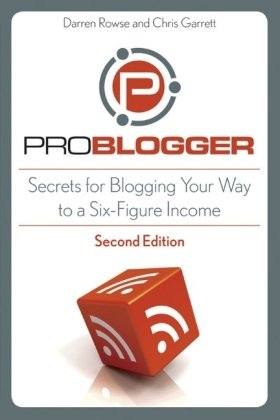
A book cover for ProBlogger: Secrets for Blogging Your Way to a Six-Figure Income; Darren Rowse; Computers & Technology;